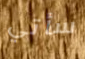
سأتي